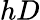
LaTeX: hD